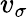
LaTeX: v_{\sigma}